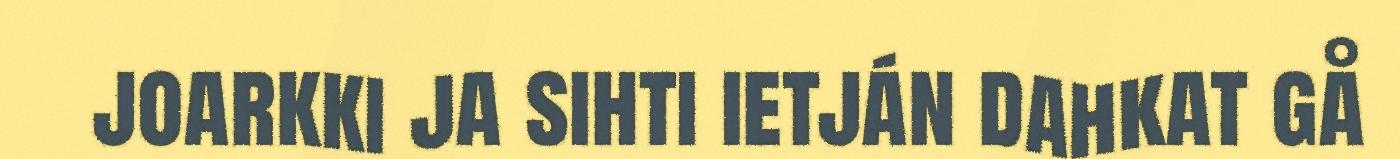
joarkki ja sihti ietján dahkat gå